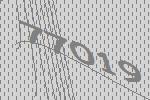
77019